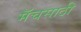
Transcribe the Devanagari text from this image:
मॅचसाठी